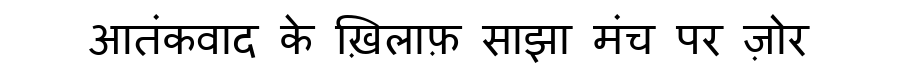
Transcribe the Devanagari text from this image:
आतंकवाद के ख़िलाफ़ साझा मंच पर ज़ोर